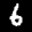
Label: 6